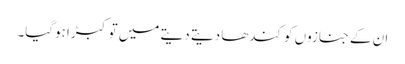
ان کے جنازوں کو کندھا دیتے دیتے میں توکبڑا ہوگیا۔